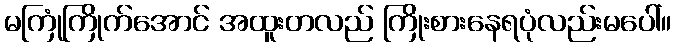
မကြုံကြိုက်အောင် အထူးတလည် ကြိုးစားနေရပုံလည်းမပေါ်။